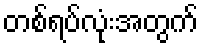
တစ်ရပ်လုံးအတွက်